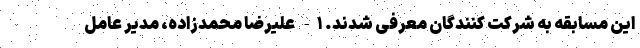
این مسابقه به شرکت کنندگان معرفی شدند. ۱- علیرضا محمدزاده، مدیر عامل